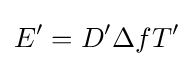
E'=D'\Delta fT'